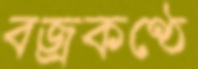
বজ্রকণ্ঠে